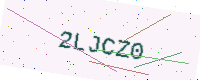
Text: 2LJCZ0